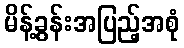
မိန့်ခွန်းအပြည့်အစုံ